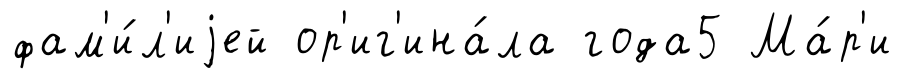
фам'и́л'иjей ор'иг'ина́ла года5 Ма́р'и